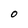
Character: O